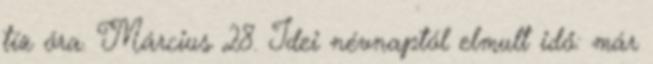
tíz óra. Március 28. Idei névnaptól elmult idő: már